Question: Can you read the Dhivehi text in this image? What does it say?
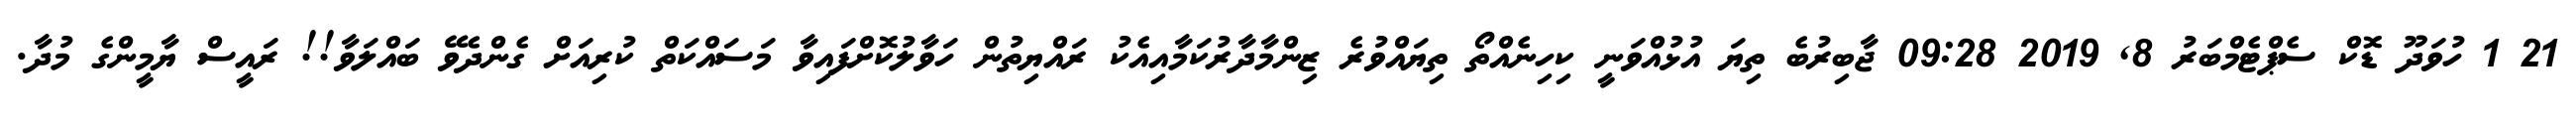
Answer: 21 1 ހުވަދޫ ޑޮކް ސެޕްޓެމްބަރު 8, 2019 09:28 ޖާބިރުބެ ތިޔަ އުޅުއްވަނީ ކިހިނެއްތޯ ތިޔައްވުރެ ޒިންމާދާރުކަމާއިއެކު ރައްޔިތުން ހަވާލުކޮށްފައިވާ މަސައްކަތް ކުރިއަށް ގެންދެވޭ ބައްލަވާ!! ރައީސް ޔާމީންގެ މުދާ.